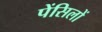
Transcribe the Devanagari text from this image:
पेंसिलों